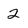
Character: 2